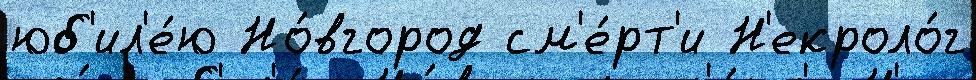
юб'ил'е́ю Но́вгород см'е́рт'и Н'екроло́г